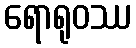
ရောရုဝဿ